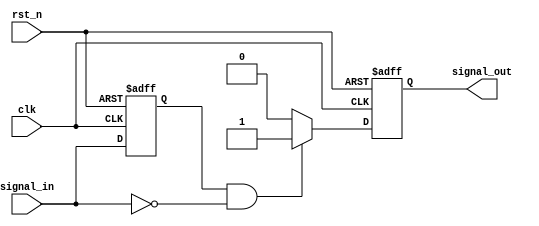
module FallingEdgeDetector (
    input wire clk,          // Clock input
    input wire rst_n,       // Active low asynchronous reset
    input wire signal_in,    // Input signal to monitor for falling edges
    output reg signal_out    // Output signal indicating a falling edge
);

    reg signal_prev; // Register to hold the previous state of the input signal

    always @(posedge clk or negedge rst_n) begin
        if (!rst_n) begin
            signal_prev <= 1'b0; // Initialize previous state to low on reset
            signal_out <= 1'b0;   // Initialize output to low on reset
        end else begin
            // Detect falling edge
            if (signal_prev == 1'b1 && signal_in == 1'b0) begin
                signal_out <= 1'b1; // Set output high for one clock cycle
            end else begin
                signal_out <= 1'b0; // Clear output if no falling edge detected
            end
            
            // Update previous state
            signal_prev <= signal_in;
        end
    end

endmodule